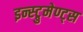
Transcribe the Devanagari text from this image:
इन्स्ट्रुमेण्ट्स